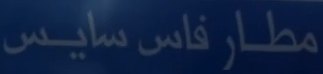
مطار فاس سايس